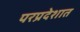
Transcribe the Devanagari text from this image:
परप्रदेशात